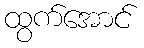
ထွက်အောင်